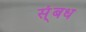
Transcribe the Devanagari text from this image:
स्ंबध